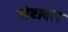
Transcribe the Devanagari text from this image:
चेष्टाबल